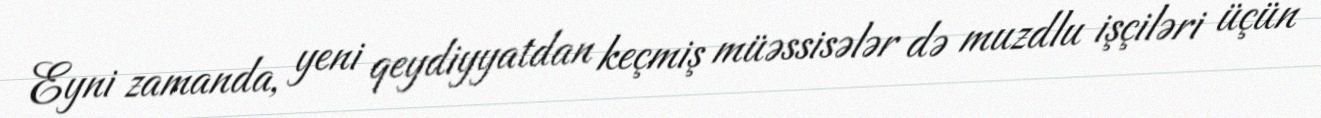
Eyni zamanda, yeni qeydiyyatdan keçmiş müəssisələr də muzdlu işçiləri üçün